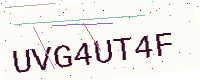
Text: UVG4UT4F